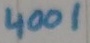
Text: 4001